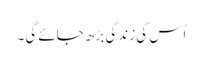
اُس کی زندگی بڑھ جائے گی۔